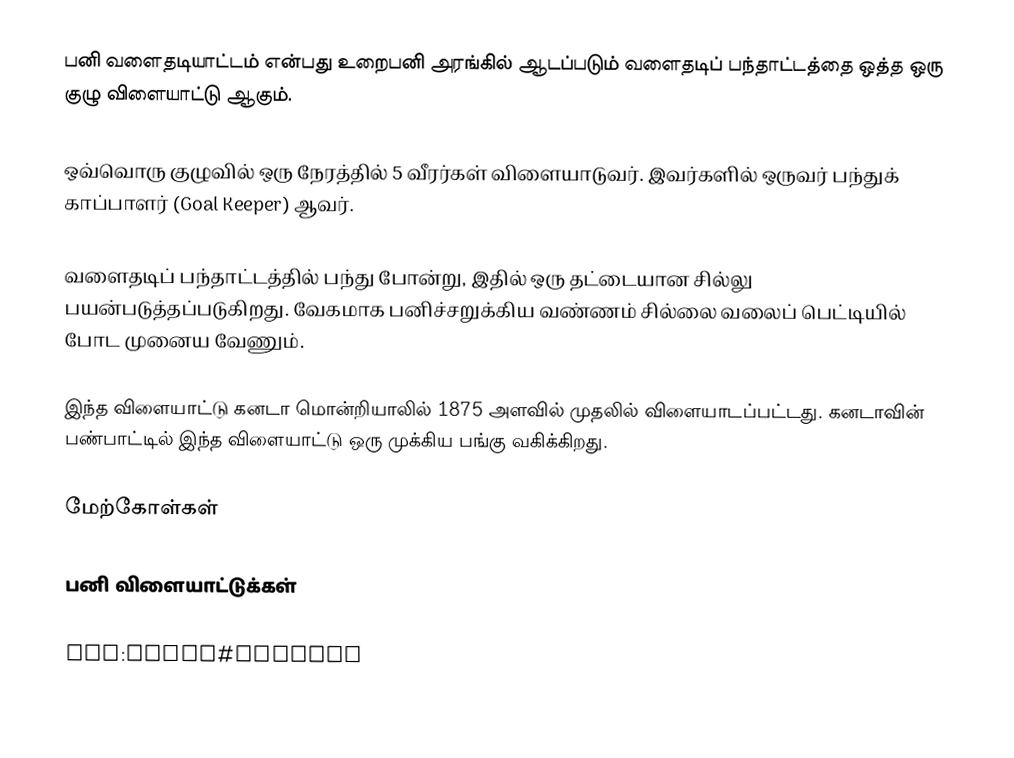
பனி வளைதடியாட்டம் என்பது உறைபனி அரங்கில் ஆடப்படும் வளைதடிப் பந்தாட்டத்தை ஒத்த ஒரு குழு விளையாட்டு ஆகும்.

ஒவ்வொரு குழுவில் ஒரு நேரத்தில் 5 வீரர்கள் விளையாடுவர். இவர்களில் ஒருவர் பந்துக் காப்பாளர் (Goal Keeper) ஆவர்.

வளைதடிப் பந்தாட்டத்தில் பந்து போன்று, இதில் ஒரு தட்டையான சில்லு பயன்படுத்தப்படுகிறது. வேகமாக பனிச்சறுக்கிய வண்ணம் சில்லை வலைப் பெட்டியில் போட முனைய வேணும்.

இந்த விளையாட்டு கனடா மொன்றியாலில் 1875 அளவில் முதலில் விளையாடப்பட்டது. கனடாவின் பண்பாட்டில் இந்த விளையாட்டு ஒரு முக்கிய பங்கு வகிக்கிறது.

மேற்கோள்கள்

பனி விளையாட்டுக்கள்

ang:Hociȝ#Īshociȝ